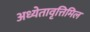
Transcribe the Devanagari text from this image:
अध्येतावृत्तिमिल